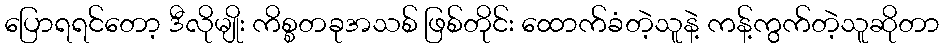
ပြောရရင်တော့ ဒီလိုမျိုး ကိစ္စတခုအသစ် ဖြစ်တိုင်း ထောက်ခံတဲ့သူနဲ့ ကန့်ကွက်တဲ့သူဆိုတာ